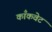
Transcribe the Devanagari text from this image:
काँकवेट